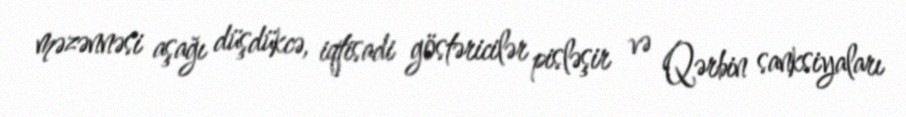
məzənnəsi aşağı düşdükcə, iqtisadi göstəricilər pisləşir və Qərbin sanksiyaları